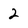
Character: 2